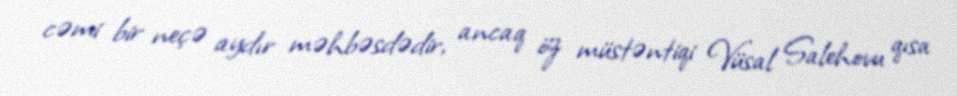
cəmi bir neçə aydır məhbəsdədir, ancaq öz müstəntiqi Vüsal Salehovu qısa